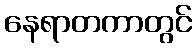
နေရာတကာတွင်